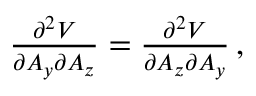
\begin{array} { r } { \frac { \partial ^ { 2 } V } { \partial A _ { y } \partial A _ { z } } = \frac { \partial ^ { 2 } V } { \partial A _ { z } \partial A _ { y } } \, , } \end{array}